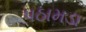
પઠામડા